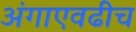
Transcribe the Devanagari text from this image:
अंगाएवढीच